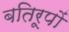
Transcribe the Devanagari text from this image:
बतिरूपों